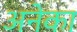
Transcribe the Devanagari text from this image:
अनेका